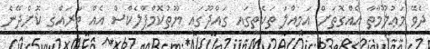
ދެވޭ މަޢުލޫމާތާ އެއްގޮތަށް އަމިއްލަ ތަކެތީގައި ގައްދޫގައި ޔޫތުކޮމްޕްލެކްސް އެއް ތަރައްޤީ ކޮށްދޭނެ